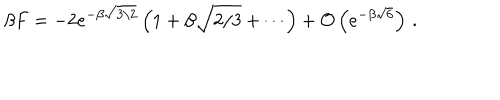
LaTeX: \beta F = - 2 e ^ { - \beta \sqrt { 3 / 2 } } \left( 1 + \beta \sqrt { 2 / 3 } + \cdots \right) + { \cal O } \left( e ^ { - \beta \sqrt { 6 } } \right) \, .